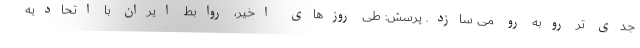
جدی تر روبه رو می سازد. پرسش: طی روزهای اخیر، روابط ایران با اتحادیه